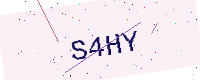
Text: S4HY